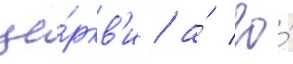
це́ркв'и / а́ ео́